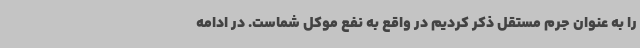
را به عنوان جرم مستقل ذکر کردیم در واقع به نفع موکل شماست. در ادامه